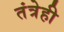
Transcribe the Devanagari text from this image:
तंत्रेही